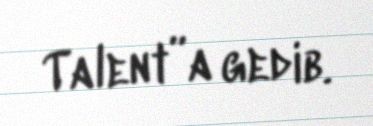
Talent”a gedib.